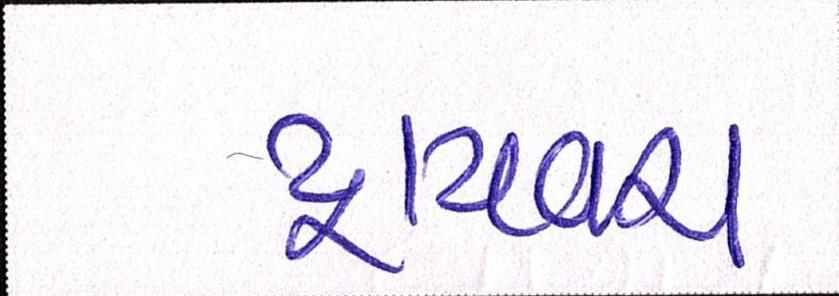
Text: ડ્રાયવર